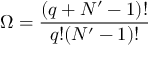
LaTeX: \Omega = { \frac { \left( q + N ^ { \prime } - 1 \right) ! } { q ! ( N ^ { \prime } - 1 ) ! } }